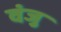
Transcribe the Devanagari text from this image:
वंजु